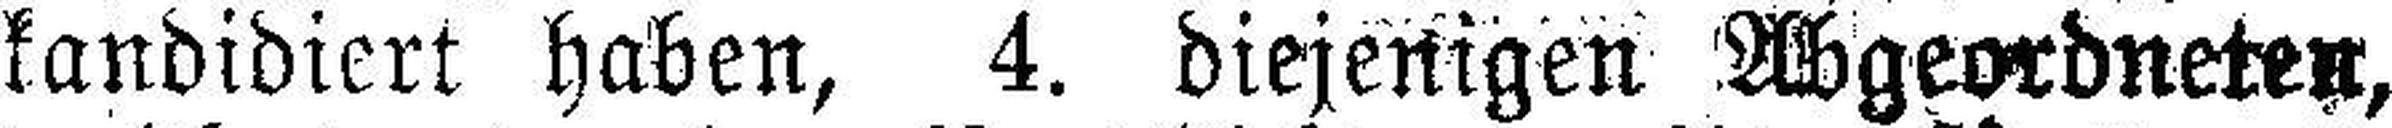
kandidiert haben, 4. diejenigen Abgeordneten,